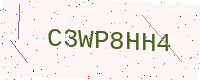
Text: C3WP8HH4